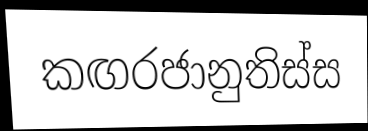
කඟරජානුතිස්ස